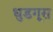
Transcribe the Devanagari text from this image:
धुडगूस